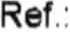
REF. :